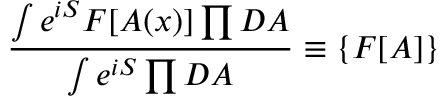
{ \frac { \int e ^ { i S } F [ A ( x ) ] \prod { \cal D } A } { \int e ^ { i S } \prod { \cal D } A } } \equiv \{ F [ A ] \}